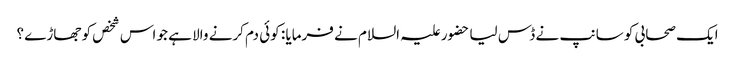
ایک صحابی کو سانپ نے ڈس لیا حضور علیہ السلام نے فرمایا : کوئی دم کرنے والا ہے جو اس شخص کو جھاڑے ؟